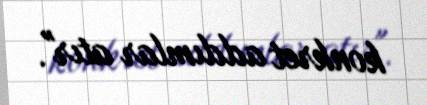
konkret addımlar atır".